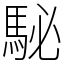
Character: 駜